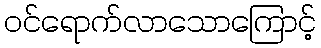
ဝင်ရောက်လာသောကြောင့်